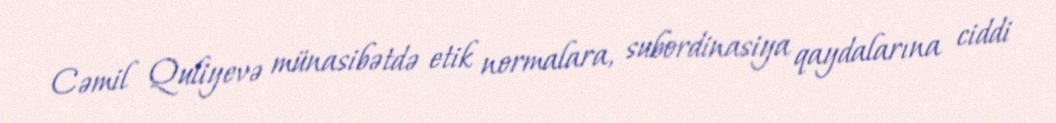
Cəmil Quliyevə münasibətdə etik normalara, subordinasiya qaydalarına ciddi